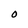
Character: O